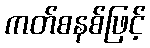
ကတ်စနစ်ဖြင့်